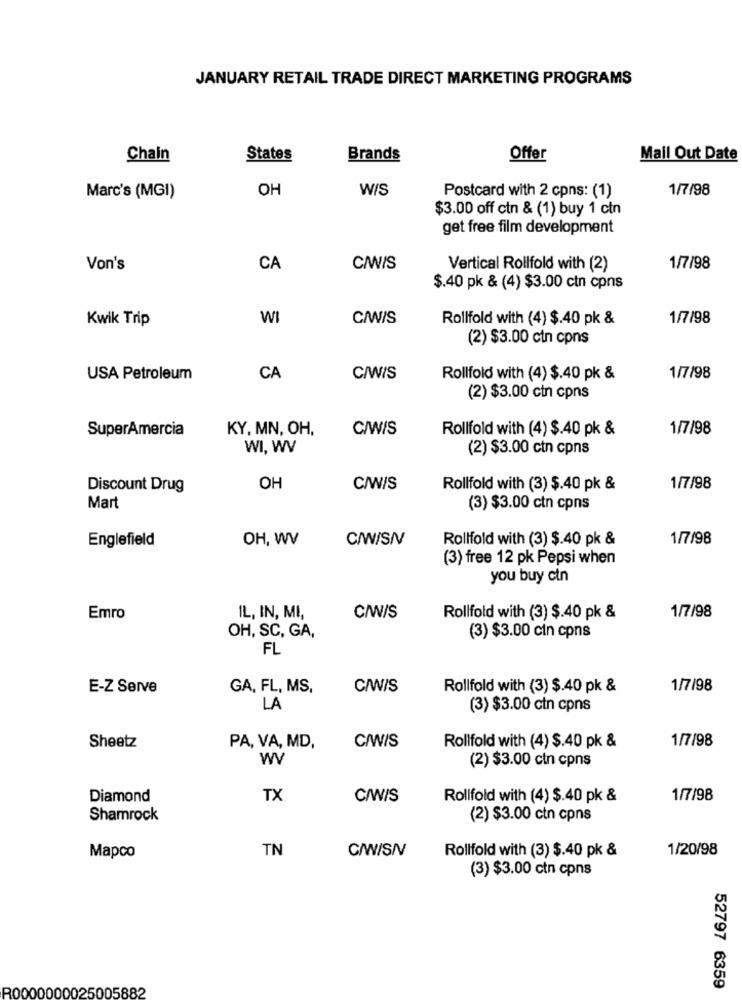
JANUARY RETAIL TRADE DIRECT MARKETING PROGRAMS
Chain
States
Brands
Offer
Mail Out Date
OH
W/S
Postcard with 2 cpns: (1)
1/7/98
Marc's (MGI)
$3.00 off cin & (1) buy 1 ctn
get free film development
Von's
CA
C/WIS
Vertical Rollfold with (2)
1/7/98
$.40 pk & (4) $3.00 ctn cpns
Kwik Trip
WI
C/WIS
Rollfold with (4) $.40 pk &
1/7/98
(2) $3.00 ctn cpns
USA Petroleum
CA
C/WIS
Rollfold with (4) $.40 pk &
1/7/98
(2) $3.00 ctn cpns
SuperAmercia
KY, MN, OH,
C/W/S
Rollfold with (4) $.40 pk &
1/7/98
WI, WV
(2) $3.00 ctn cpns
Discount Drug
OH
C/W/S
Rollfold with (3) $.40 pk &
1/7/98
Mart
(3) $3.00 ctn cpns
Englefield
OH, WV
C/W/SIV
Rollfold with (3) $.40 pk &
1/7/98
(3) free 12 pk Pepsi when
you buy ctn
Emro
IL, IN, MI,
C/W/S
Rollfold with (3) $.40 pk &
1/7/98
OH, SC, GA,
(3) $3.00 cin cpns
FL
E-Z Serve
GA, FL, MS,
C/W/S
Rollfold with (3) $.40 pk &
1/7/98
LA
(3) $3.00 ctn cpns
1/7/98
Sheetz
PA, VA, MD,
C/WIS
Rollfold with (4) $.40 pk &
WV
(2) $3.00 ctn cpns
Diamond
TX
C/WIS
Rollfold with (4) $.40 pk &
1/7/98
Shamrock
(2) $3.00 ctn cpns
TN
C/W/SN
Rollfold with (3) $.40 pk &
1/20/98
Mapco
(3) $3.00 ctn cpns
R0000000025005882
52797 6359